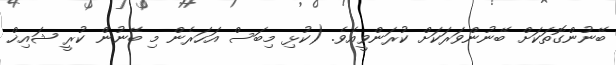
ބޭނުންގޮތަކަށް ބޭނުންވަރަކަށް ކުރަންވީއެވެ. (ކުޅި މިބަސް އަހަރެން މި ބޭނުން ކުރީ ޝައިޚް